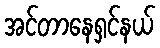
အင်တာနေရှင်နယ်